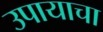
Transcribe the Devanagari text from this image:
उपायाचा